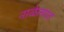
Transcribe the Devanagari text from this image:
नाळेलगत